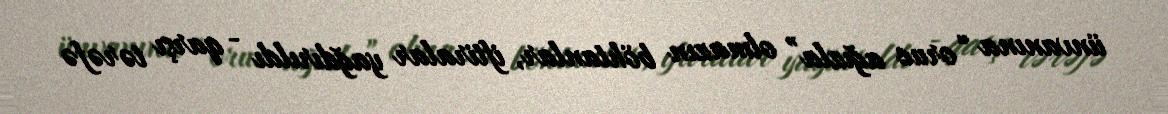
ünvanına “oruc ağızla” olmazın böhtanlar, iftiralar yağdırıldı - qarşı tərəfə